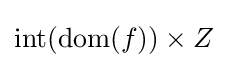
\operatorname {int} (\operatorname {dom} (f))\times Z